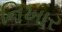
નિખાર